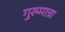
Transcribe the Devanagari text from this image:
गुरुमात्रा